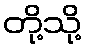
တို့သို့